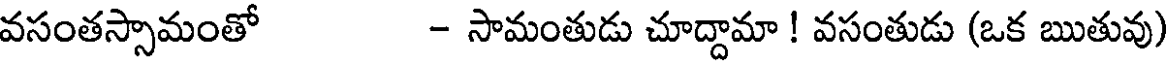
వసంతస్సామంతో - సామంతుడు చూద్దామా ! వసంతుడు (ఒక ఋతువు)